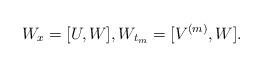
LaTeX: \begin{align*} W_{x}=[U,W],W_{t_{m}}=[V^{(m)},W].\end{align*}